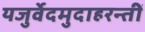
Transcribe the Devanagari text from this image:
यजुर्वेदमुदाहरन्तीं